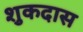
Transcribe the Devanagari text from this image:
शुकदास